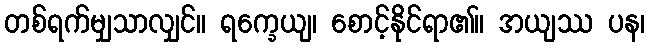
တစ်ရက်မျှသာလျှင်။ ရက္ခေယျ၊ စောင့်နိုင်ရာ၏။ အယျဿ ပန၊